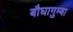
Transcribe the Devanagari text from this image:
बौघागुम्बा